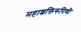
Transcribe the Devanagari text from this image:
महाशक्तिरूपिणी